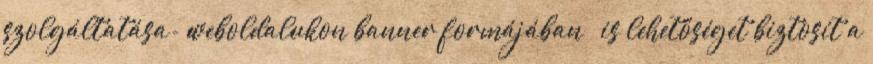
szolgáltatása- weboldalukon banner formájában – is lehetőséget biztosít a